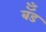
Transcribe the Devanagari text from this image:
बॅँड